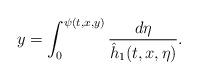
LaTeX: \begin{align*}y=\int^{\psi(t,x,y)}_0\frac{d\eta}{\hat h_1(t,x,\eta)}.\end{align*}